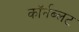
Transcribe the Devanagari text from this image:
कॉर्नब्लट